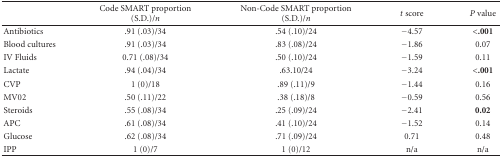
<table><thead><tr><td></td><td><b>Code SMART proportion (S.D.)/<i>n</i></b></td><td><b>Non-Code SMART proportion (S.D.)/<i>n</i></b></td><td><b><i>t</i> score</b></td><td><b><i>P</i> value</b></td></tr></thead><tbody><tr><td>Antibiotics</td><td>.91 (.03)/34</td><td>.54 (.10)/24</td><td>−4.57</td><td><b>&lt;.001</b></td></tr><tr><td>Blood cultures</td><td>.91 (.03)/34</td><td>.83 (.08)/24</td><td>−1.86</td><td>0.07</td></tr><tr><td>IV Fluids</td><td>0.71 (.08)/34</td><td>.50 (.10)/24</td><td>−1.59</td><td>0.11</td></tr><tr><td>Lactate</td><td>.94 (.04)/34</td><td>.63.10/24</td><td>−3.24</td><td><b>&lt;.001</b></td></tr><tr><td>CVP</td><td>1 (0)/18</td><td>.89 (.11)/9</td><td>−1.44</td><td>0.16</td></tr><tr><td>MV02</td><td>.50 (.11)/22</td><td>.38 (.18)/8</td><td>−0.59</td><td>0.56</td></tr><tr><td>Steroids</td><td>.55 (.08)/34</td><td>.25 (.09)/24</td><td>−2.41</td><td><b>0.02</b></td></tr><tr><td>APC</td><td>.61 (.08)/34</td><td>.41 (.10)/24</td><td>−1.52</td><td>0.14</td></tr><tr><td>Glucose</td><td>.62 (.08)/34</td><td>.71 (.09)/24</td><td>0.71</td><td>0.48</td></tr><tr><td>IPP</td><td>1 (0)/7</td><td>1 (0)/12</td><td>n/a</td><td>n/a</td></tr></tbody></table>